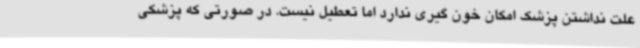
علت نداشتن پزشک امکان خون گیری ندارد اما تعطیل نیست. در صورتی که پزشکی